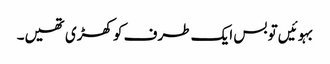
بہوئیں تو بس ایک طرف کو کھڑی تھیں۔